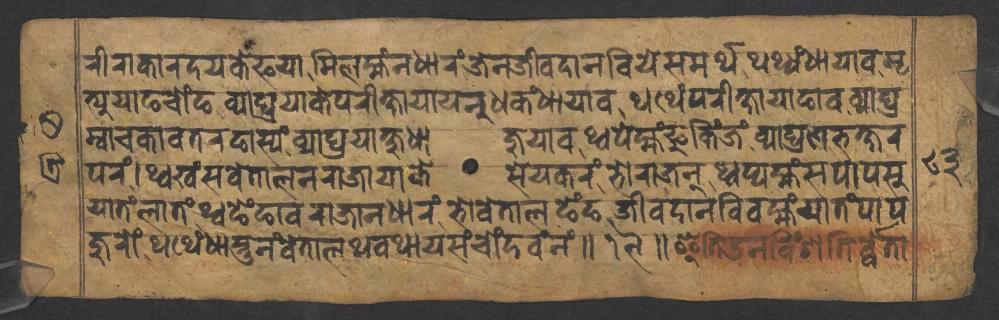
𑐬𑐷𑐬𑐵𑐎𑐵𑐬𑐡𑐫𑐎𑐾𑐦𑐫𑐵𑐩𑐶𑐮𑐩𑑂𑐴𑑄𑐣𑐢𑐵𑐬𑑄𑐖𑐾𑐣𑐖𑐷𑐰𑐡𑐵𑐣𑐧𑐶𑐫𑐾𑐳𑐩𑐬𑑂𑐠𑐠𑐠𑑂𑐫𑑄𑐢𑐵𑐫𑐵𑐰𑐩𑐺 𑐟𑑂𑐫𑐸𑐫𑐵𑐒𑐔𑑀𑑄𑐒𑐰𑑂𑐫𑐵𑐑𑑂𑐬𑐫𑐵𑐎𑐾𑐥𑐬𑐷𑐎𑑂𑐲𑐵𑐫𑐵𑐫𑐣𑐸𑐢𑐎𑑄𑐢𑐵𑐫𑐵𑐰𑐠𑐠𑐾𑑄𑐥𑐬𑐷𑐎𑑂𑐲𑐵𑐫𑐵𑐒𑐵𑐰𑐰𑑂𑐫𑐵𑐑𑑂𑐬 𑐩𑑂𑐰𑐵𑐔𑐎𑐵𑐰𑐟𑐬𑐒𑐵𑐳𑑂𑐫𑑄𑐰𑑂𑐫𑐵𑐑𑑂𑐬𑐫𑐵𑐎𑑂𑐲𑐸𑐢𑐵𑐖𑐸𑐫𑐵𑐰𑐠𑑂𑐰𑐥𑐾𑐩𑑂𑐴𑑄𑐦𑐸𑐎𑐶𑑄𑐖𑑄𑐰𑑂𑐫𑐵𑐑𑑂𑐬𑐞𑐨𑐎𑑂𑐲𑐬 𑐥𑐬𑑄𑑋𑐠𑑂𑐰𑐏𑑄𑐳𑐰𑐾𑐟𑐵𑐮𑐣𑐬𑐵𑐖𑐵𑐫𑐵𑐎𑐾𑐳𑐾𑐫𑐎𑐬𑑄𑐨𑑀𑐬𑐵𑐖𑐣𑑂𑐠𑑂𑐰𑐥𑑂𑐫𑐩𑑂𑐴𑑄𑐳𑐥𑐵𑐥𑐳𑐸 𑐫𑐵𑐟𑑄𑐮𑐵𑐟𑑄𑐠𑑂𑐰𑐒𑐾𑑄𑐒𑐵𑐰𑐬𑐵𑐖𑐵𑐣𑐢𑐵𑐬𑑄𑐨𑑀𑐰𑐾𑐟𑐵𑐮𑐒𑐾𑑄𑐒𑐖𑐷𑐰𑐡𑐵𑐣𑐧𑐶𑐰𑐩𑑂𑐴𑑄𑐫𑐵𑐟𑑄𑐥𑐵𑐥 𑐖𑐸𑐬𑑀𑑄𑐠𑐠𑐾𑑄𑐢𑐵𑐳𑑂𑐟𑐸𑐣𑑄𑐰𑐾𑐟𑐵𑐮𑐠𑐰𑐠𑐵𑐫𑐳𑑄𑐔𑑀𑑄𑐡𑐰𑑄𑐣𑑄𑑌𑑑𑑙𑑌𑐂𑐟𑐶𑐄𑐣𑐰𑐶𑑄𑐱𑐟𑐶𑐬𑑂𑐰𑑂𑐰𑐾𑐟𑐵